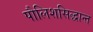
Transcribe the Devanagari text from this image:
पौलिशसिद्धान्त